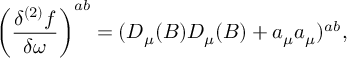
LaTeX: \left( \frac { \delta ^ { ( 2 ) } f } { \delta \omega } \right) ^ { a b } = ( D _ { \mu } ( B ) D _ { \mu } ( B ) + a _ { \mu } a _ { \mu } ) ^ { a b } ,